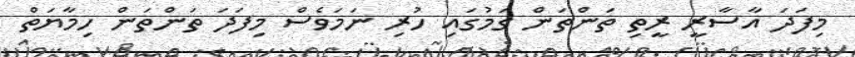
މިފަދަ އާސާރީ ރީތި ތަންތަން ގަމުގައި ހުރި ނަމަވެސް މިފަދަ ތަންތަން ހިމާޔަތް